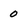
Character: 0